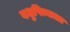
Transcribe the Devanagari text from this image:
वधुपित्याला